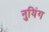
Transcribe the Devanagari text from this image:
नुयिंग